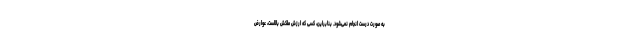
به صورت درست انجام نمی‌شود. بنابراین، کسی که ارزش ملکش بالاست، عوارض